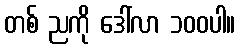
တစ် ညကို ဒေါ်လာ ၁၀၀ပါ။